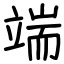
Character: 端